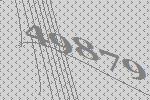
49879